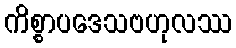
ကိစ္စာပဒေသဗဟုလဿ